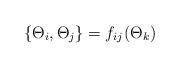
LaTeX: \begin{align*}\{\Theta_{i},\Theta_{j}\}=f_{ij}(\Theta_{k})\end{align*}